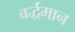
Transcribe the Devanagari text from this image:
बर्द्धमान